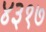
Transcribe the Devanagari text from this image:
४३१७